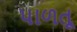
પાળતૂ